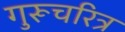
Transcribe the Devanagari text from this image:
गुरूचरित्र